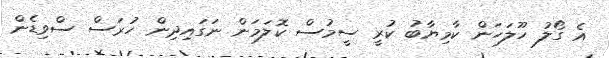
އެ ގޯލު ހޫލަހަން ކާމިޔާބު ކުރީ ސީމުސް ކޮލަމަން ނަގައިދިން ހުރަސް ސްވިޑެން